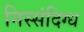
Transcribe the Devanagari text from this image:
निस्संदिग्ध